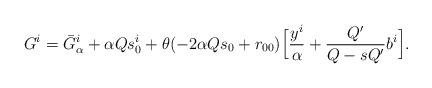
LaTeX: \begin{align*}G^i=\bar{G}^i_{\alpha}+\alpha Qs^i_0 +\theta (-2\alpha Qs_0+r_{00})\Big[\frac{y^i}{\alpha}+\frac{Q'}{Q-sQ'}b^i\Big].\end{align*}